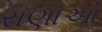
રાણાઓ